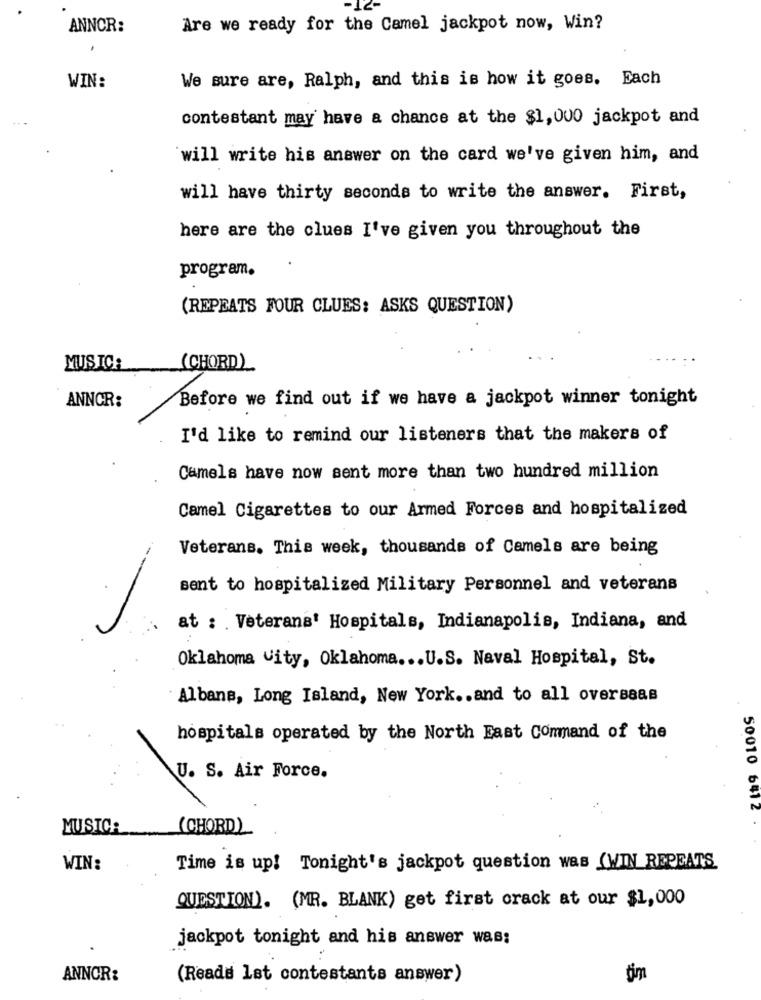
ANNCR:
Are we ready for the Camel jackpot now, Win?
We sure are, Ralph, and this is how it goes. Each
WIN:
contestant may have a chance at the $1, 000 jackpot and
'will write his answer on the card we've given him, and
will have thirty seconds to write the answer. First,
here are the clues I've given you throughout the
program.
(REPEATS FOUR CLUES: ASKS QUESTION)
MUSIC:
(CHORD).
Before we find out if we have a jackpot winner tonight
ANNCR:
I'd like to remind our listeners that the makers of
Camels have now sent more than two hundred million
Camel Cigarettes to our Armed Forces and hospitalized
Veterans. This week, thousands of Camels are being
sent to hospitalized Military Personnel and veterans
at : Veterana' Hospitals, Indianapolis, Indiana, and
Oklahoma City, Oklahoma ... U.S. Naval Hospital, St.
Albans, Long Island, New York .. and to all over8888
hospitals operated by the North East Command of the
U. S. Air Force.
50010 6412
MUSIC:
(CHORD)
WIN:
Time is up! Tonight's jackpot question was (WIN REPEATS
QUESTION). (MR. BLANK) get first crack at our $1,000
jackpot tonight and his answer was:
ANNOR:
(Reads Ist contestants answer)
fim